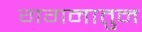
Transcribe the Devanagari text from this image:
गगनातुन